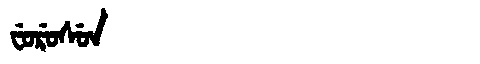
Manchu: ᠸᡠᡵᡠᠰᡠᠨ
Romanization: FURUSUN